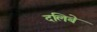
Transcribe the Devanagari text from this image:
दलिबे